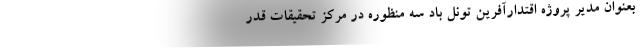
بعنوان مدیر پروژه اقتدارآفرین تونل باد سه منظوره در مرکز تحقیقات قدر